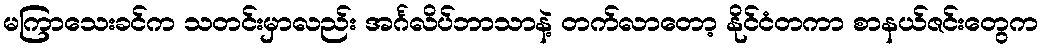
မကြာသေးခင်က သတင်းမှာလည်း အင်္ဂလိပ်ဘာသာနဲ့ တက်လာတော့ နိုင်ငံတကာ စာနယ်ဇင်းတွေက